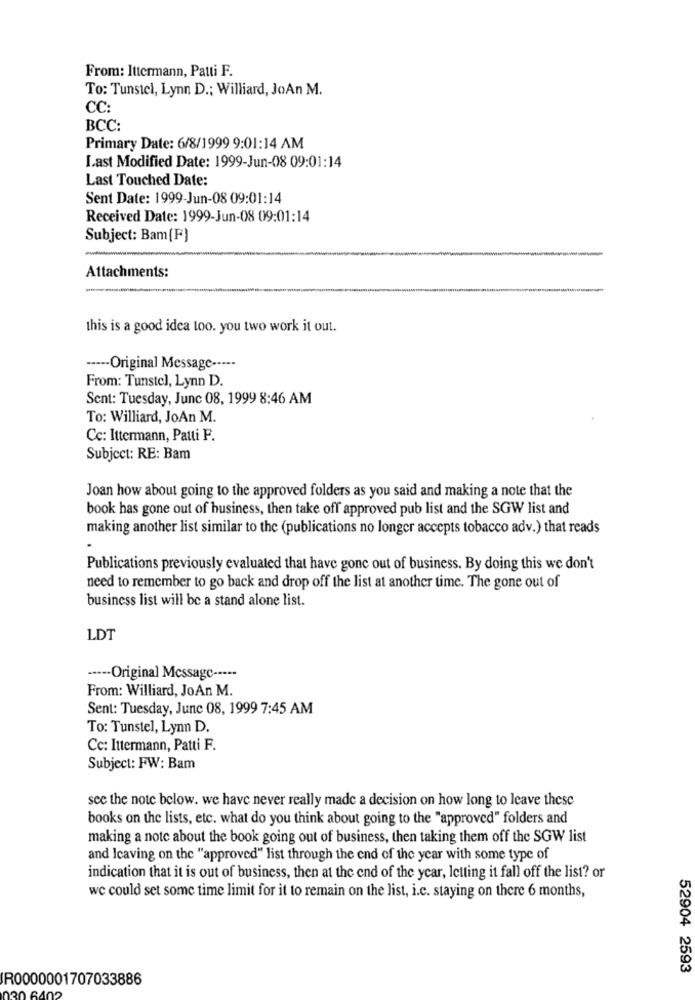
From: Ittermann, Patti F.
To: Tunstel, Lynn D .; Williard, JoAn M.
CC:
BCC:
Primary Date: 6/8/1999 9:01:14 AM
Last Modified Date: 1999-Jun-08 09:01:14
Last Touched Date:
Sent Date: 1999-Jun-08 09:01:14
Received Date: 1999-Jun-08 09:01:14
Subject: Bam(F)
Attachments:
this is a good idea too. you two work it out.
----- Original Message -----
From: Tunstel, Lynn D.
Sent: Tuesday, June 08, 1999 8:46 AM
To: Williard, JoAn M.
Cc: Ittermann, Patti F.
Subject: RE: Bam
Joan how about going to the approved folders as you said and making a note that the
book has gone out of business, then take off approved pub list and the SGW list and
making another list similar to the (publications no longer accepts tobacco adv.) that reads
Publications previously evaluated that have gone out of business. By doing this we don't
need to remember to go back and drop off the list at another time. The gone out of
business list will be a stand alone list.
LDT
··--- Original Message -----
From: Williard, JoAn M.
Sent: Tuesday, June 08, 1999 7:45 AM
To: Tunstel, Lynn D.
Cc: Ittermann, Patti F.
Subject: FW: Bam
see the note below. we have never really made a decision on how long to leave thesc
books on the lists, etc. what do you think about going to the "approved" folders and
making a note about the book going out of business, then taking them off the SGW list
and Icaving on the "approved" list through the end of the year with some type of
indication that it is out of business, then at the end of the year, letting it fall off the list? or
we could set some time limit for it to remain on the list, i.c. staying on there 6 months,
52904 2593
IR0000001707033886
130 6402